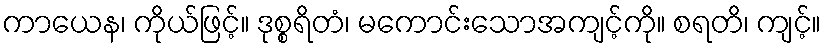
ကာယေန၊ ကိုယ်ဖြင့်။ ဒုစ္စရိတံ၊ မကောင်းသောအကျင့်ကို။ စရတိ၊ ကျင့်။